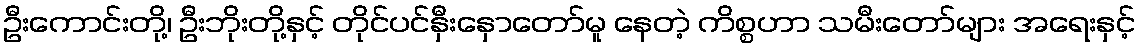
ဦးကောင်းတို့၊ ဦးဘိုးတို့နှင့် တိုင်ပင်နှီးနှောတော်မူ နေတဲ့ ကိစ္စဟာ သမီးတော်များ အရေးနှင့်